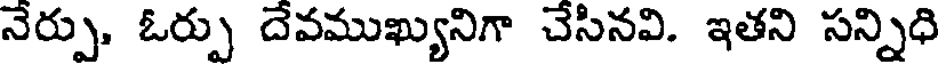
నేర్పు, ఓర్పు దేవముఖ్యునిగా చేసినవి. ఇతని సన్నిధి